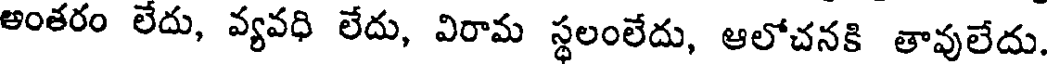
అంతరం లేదు, వ్యవధి లేదు, విరామ స్థలంలేదు, ఆలోచనకి తావులేదు.